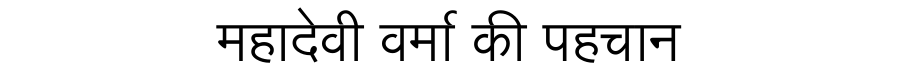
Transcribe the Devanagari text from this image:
महादेवी वर्मा की पहचान